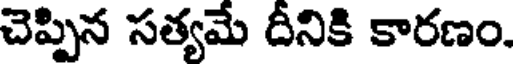
చెప్పిన సత్యమే దీనికి కారణం.